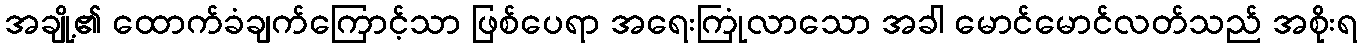
အချို့၏ ထောက်ခံချက်ကြောင့်သာ ဖြစ်ပေရာ အရေးကြုံလာသော အခါ မောင်မောင်လတ်သည် အစိုးရ